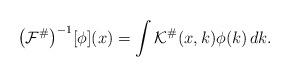
LaTeX: \begin{align*}\big(\mathcal{F}^\#\big)^{-1}[\phi](x) = \int \mathcal{K}^\#(x,k) \phi(k)\,dk.\end{align*}